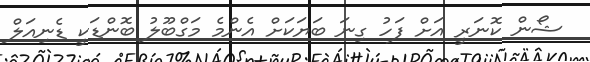
ޝޯން ކޮނަރީ އަށް ފަހު ގިނަ ބަޔަކަށް އެންމެ މަގްބޫލު ބޮންޑަކީ ޑެނިއަލް